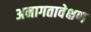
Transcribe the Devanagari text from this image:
अनागतावेक्षण